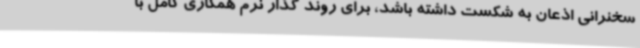
سخنرانی اذعان به شکست داشته باشد، برای روند گذار نرم همکاری کامل با